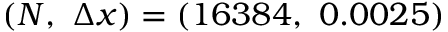
( N , \ \Delta x ) = ( 1 6 3 8 4 , \ 0 . 0 0 2 5 )